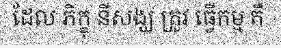
ដែល ភិក្ខុ នីសង្ឃ ត្រូវ ធ្វើកម្ម គឺ